Vabadussoja_Ajaloo_Komitee, lk 21
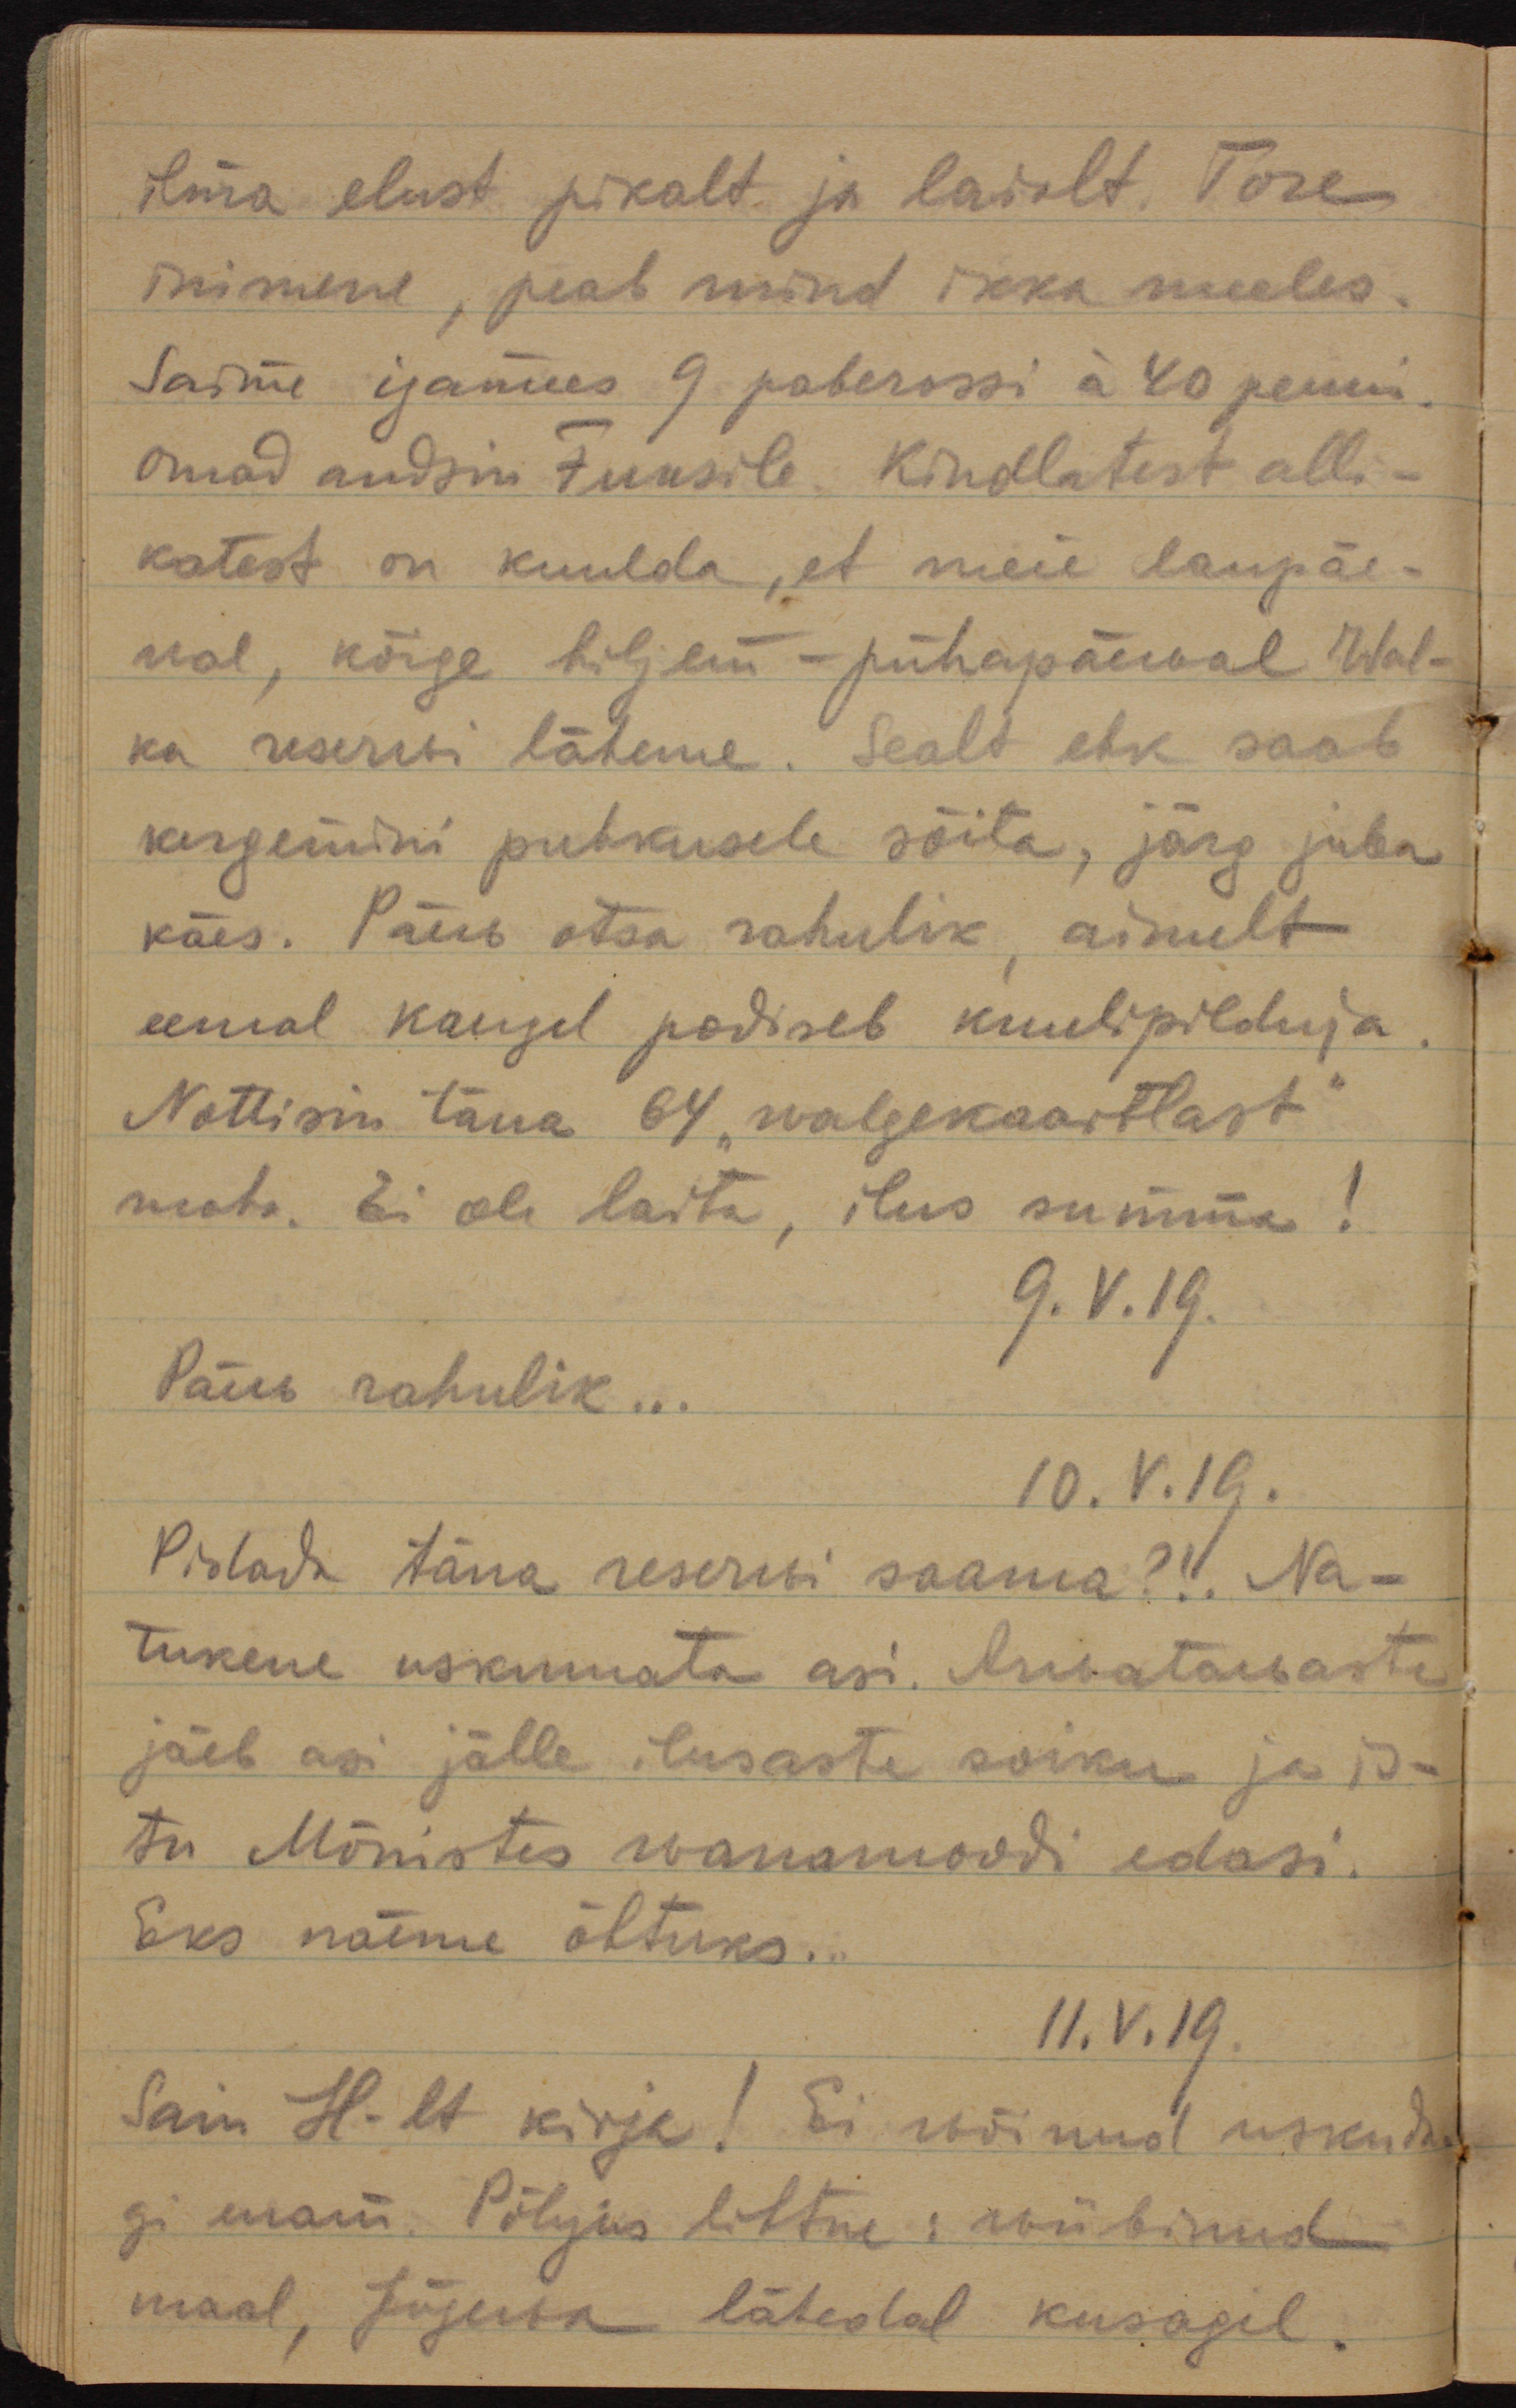
ilma elust pikalt ja laialt. Tore
inimene, peab mind ikka meeles.
Saime igamees 9 paberossi a 40 penni.
Omad andsin Fuksile. Kindlatest alli-
katest on kuulda, et meie laupäe-
wal, kõige hiljem - pühapäewal Wal-
ka reserwi läheme. Sealt ehk saab 
kergemini puhkusele sõita, järg juba
käes. Päev otsa rahulik, ainult
eemal kaugel podiseb kuulipilduja.
Nottisin täna 64 "walgekaartlast"
maha. Ei ole laita, ilus summa!
9.V.19.
Päew rahulik ...
10.V.19.
Pidada täna reserwi saama?! Na-
tukene uskumata asi. Lubatawaste
jäeb asi jälle ilusaste soiku ja is-
tu Mõnistes wanamoodi edasi.
Eks näeme õhtuks...
11.V.19.
Sain H-lt kirja! Ei wõinud uskuda-
gi enam. Põhjus lihtne: wiibinud
maal, Jõgewa lähedal kusagil.